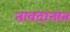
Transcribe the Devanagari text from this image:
तावदानात